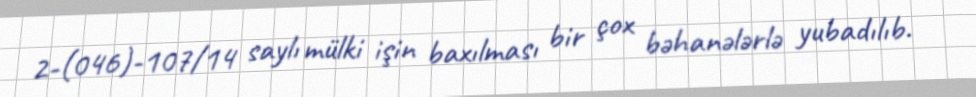
2-(046)-107/14 saylı mülki işin baxılması bir çox bəhanələrlə yubadılıb.